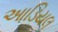
આડિયલ